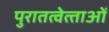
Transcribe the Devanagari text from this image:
पुरातत्‍वेत्‍ताओं